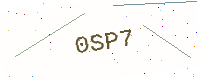
Text: 0SP7